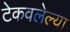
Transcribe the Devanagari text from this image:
टेकवलेल्या